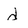
Character: d